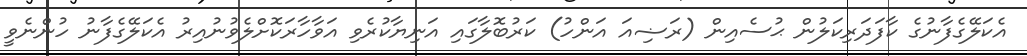
އެކަލޭގެފާނުގެ ކާފަދަރިކަލުން ޙުސެއިން (ރަޟިއަ އަންހު) ކަރުބޮލާގައި އަނިޔާކުރެވި އަވާހާރަކޮށްލެވުނުއިރު އެކަލޭގެފާނު ހުންނެވީ